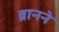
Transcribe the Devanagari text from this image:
ब्रानने